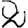
Digit: 2